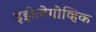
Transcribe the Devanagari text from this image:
इझेत्बेगोव्हिक